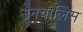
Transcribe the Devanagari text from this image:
उनचालिस